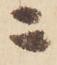
ニ